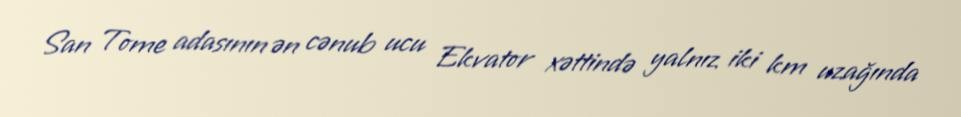
San Tome adasının ən cənub ucu Ekvator xəttində yalnız iki km uzağında